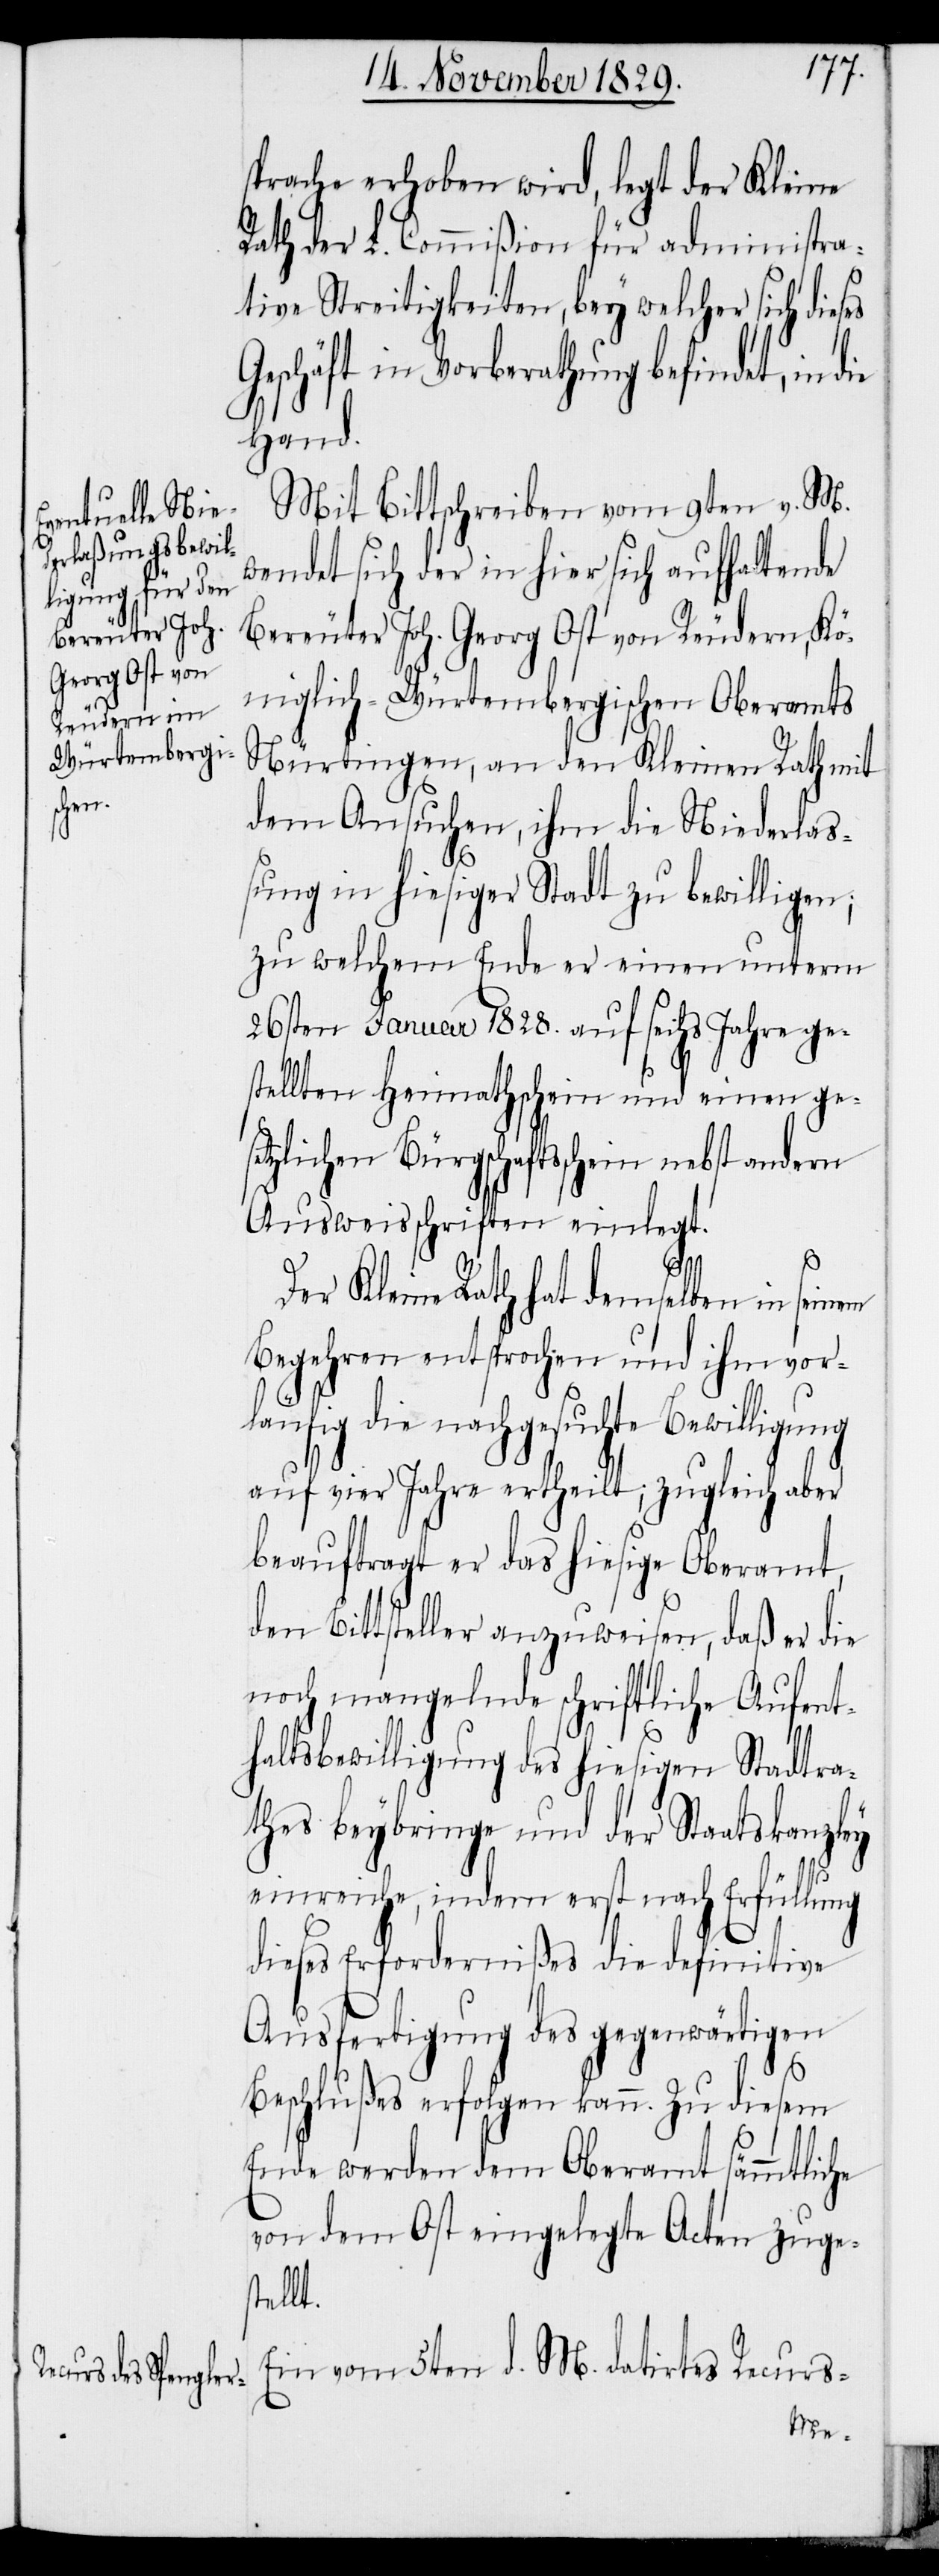
sprache erhoben wird, legt der Kleine
Rath der L. Commißion für administra¬
tive Streitigkeiten, bey welcher sich dies¬
Geschäft in Vorberathung befindet, in die
Hand.
Mit Bittschreiben vom 9ten v. M.
wendet sich der in hier sich aufhaltende
Bereuter Joh. Georg Ost von Reudern, Kö¬
niglich-Würtembergischen Oberamts
Nürtingen, an den Kleinen Rath mit
dem Ansuchen, ihm die Niederlaß¬
ung in hiesiger Stadt zu bewilligen;
zu welchem Ende er einen unterm
26sten Januar 1828. auf sechs Jahre ge¬
stellten Heimathschein und einen ge¬
setzlichen Bürgschaftsschein nebst andern
Ausweisschriften einlegt.
es
Der Kleine Rath hat demselben in seinem
Begehren entsprochen und ihm vor¬
läufig die nachgesuchte Bewilligung
auf vier Jahre ertheilt; zugleich aber
beauftragt er das hiesige Oberamt,
den Bittsteller anzuweisen, daß er die
noch mangelnde schriftliche Aufent¬
haltsbewilligung des hiesigen Stadtra¬
thes beybringe und der Staatskanzley
einreiche, indem erst nach Erfüllung
dieses Erfordernißes die definitive
Ausfertigung des gegenwärtigen
Beschlußes erfolgen kann. Zu diesem
Ende werden dem Oberamt sämmtliche
von dem Ost eingelegte Acten zuges¬
tellt.
Ein vom 5ten d. M. datirtes Recurs-